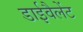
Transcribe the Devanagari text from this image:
डाईवैलेंट